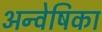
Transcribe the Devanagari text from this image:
अन्वेषिका